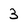
Character: 3